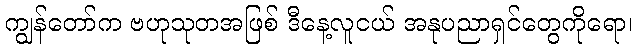
ကျွန်တော်က ဗဟုသုတအဖြစ် ဒီနေ့လူငယ် အနုပညာရှင်တွေကိုရော၊